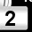
Digit: 2